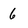
Character: 6